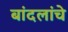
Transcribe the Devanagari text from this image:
बांदलांचे